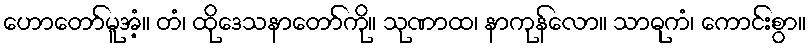
ဟောတော်မူအံ့။ တံ၊ ထိုဒေသနာတော်ကို။ သုဏာထ၊ နာကုန်လော။ သာဓုကံ၊ ကောင်းစွာ။